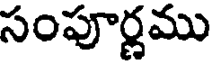
సంపూర్ణము